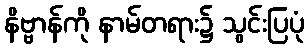
နိဗ္ဗာန်ကို နာမ်တရား၌ သွင်းပြပုံ